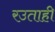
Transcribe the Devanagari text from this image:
रउताही